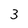
Character: 3